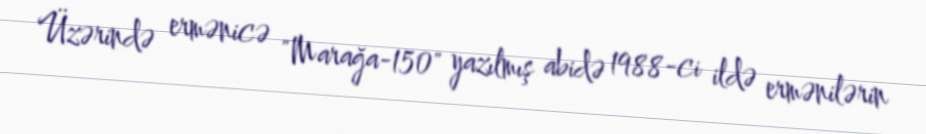
Üzərində ermənicə "Marağa-150" yazılmış abidə 1988-ci ildə ermənilərin